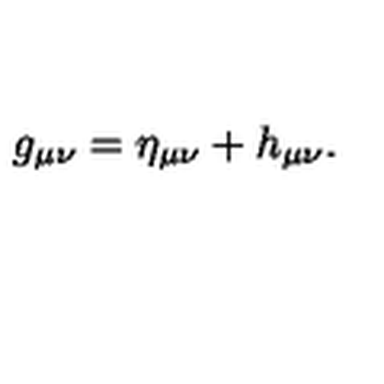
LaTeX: g _ { \mu \nu } = \eta _ { \mu \nu } + h _ { \mu \nu } .